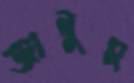
জানুম